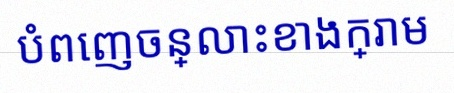
បំពេញចន្លោះខាងក្រោម